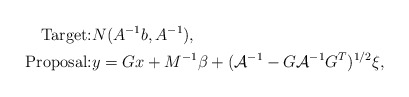
\begin{align*}\mbox{Target:} & N(A^{-1}b, A^{-1}), \\\mbox{Proposal:} & y = G x + M^{-1} \beta + (\mathcal{A}^{-1} - G \mathcal{A}^{-1} G^T)^{1/2} \xi, \end{align*}